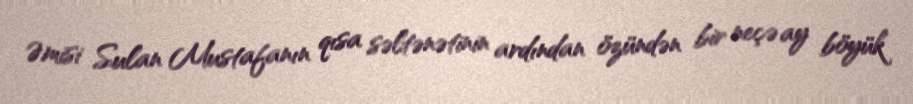
Əmisi Sulan Mustafanın qısa səltənətinin ardından özündən bir neçə ay böyük